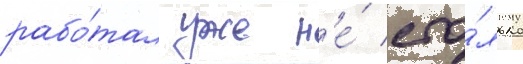
рабо́тал уже н'е́ сто́лько